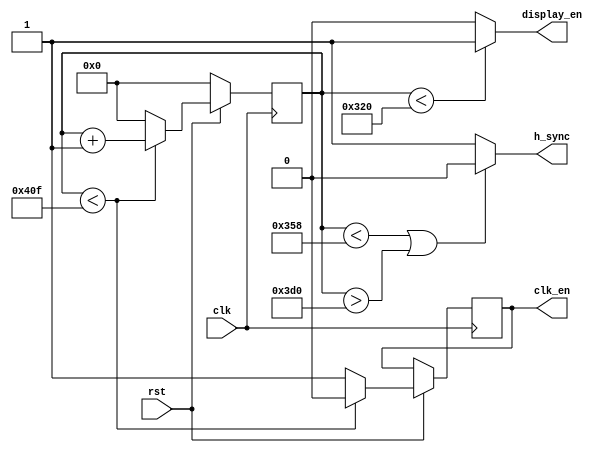
module Counter(
input clk, 
input rst,
output h_sync,
output display_en,
output reg clk_en
);
parameter visible_area=800,
									pixels = 1040,
									pulse =120,
									back_porch = 64,
									front_porch = 56;
reg [11:0] cnt;

always@(posedge clk) begin
	if(~rst)
		cnt <= 0;
	else
		if(cnt < pixels-1) begin
			cnt <= cnt + 1;
			clk_en <= 0;
			end
		else
			begin
			cnt <= 0;
			clk_en <= 1;
			end
end


assign h_sync = (cnt < (visible_area + front_porch) || cnt > (visible_area + front_porch + pulse)) ? 0:1;
assign display_en = (cnt < visible_area) ? 1:0;



endmodule